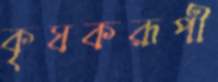
কৃষকরূপী